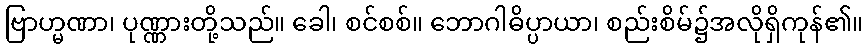
ဗြာဟ္မဏာ၊ ပုဏ္ဏားတို့သည်။ ခေါ၊ စင်စစ်။ ဘောဂါဓိပ္ပာယာ၊ စည်းစိမ်၌အလိုရှိကုန်၏။